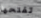
تفتحها